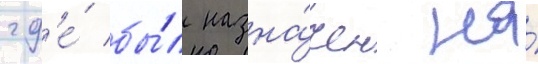
гд'е́ бы́л назна́чен на́